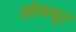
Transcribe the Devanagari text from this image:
सोपनूर